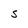
Character: S